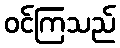
ဝင်ကြသည်